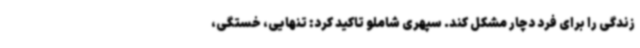
زندگی را برای فرد دچار مشکل کند. سپهری شاملو تاکید کرد: تنهایی، خستگی،